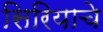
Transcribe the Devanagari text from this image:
सिरियाचे